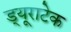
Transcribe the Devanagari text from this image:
ड्यूराटेक